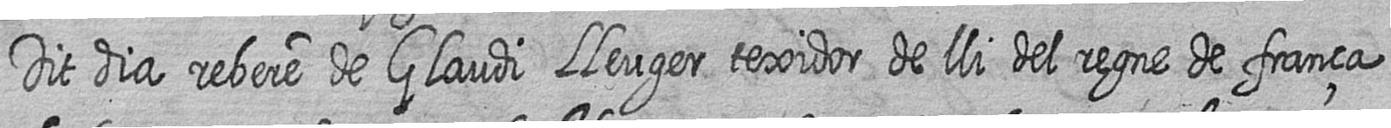
Dit dia rebere de Glaudi Lleuger texidor de lli del regne de frança